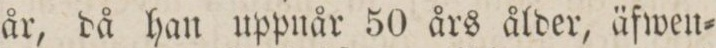
år, då han uppnår 50 års ålder, äfwen=